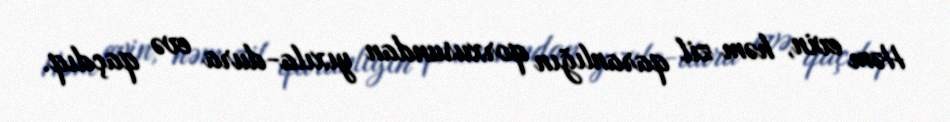
Həm evin, həm zil qaranlığın qorxusundan yıxıla-dura evə qaçdıq.